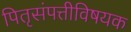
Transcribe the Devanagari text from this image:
पितृसंपत्तीविषयक